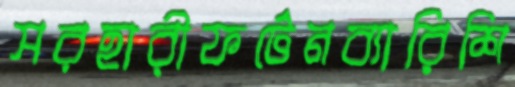
সরহারীফর্টেনব্যারিশি